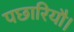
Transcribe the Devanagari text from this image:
पछारियौ।